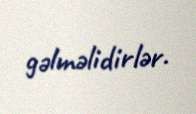
gəlməlidirlər.